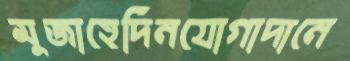
মুজাহেদিনযোগাদানে